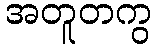
အတူတကွ